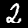
Label: 2